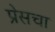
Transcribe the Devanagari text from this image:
प्रेसचा